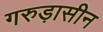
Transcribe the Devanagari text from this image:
गरुड़ासीन